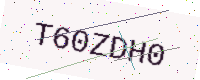
Text: T60ZDH0